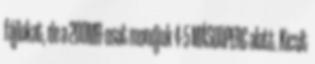
fájlokat, de a 200MB-osat mondjuk 4-5 MÁSODPERC alatt. Kicsit